Report of the Municipal Commissioner on the plague in Bombay for the year ending 31st May... - Volume 3
Disease focus: Plague
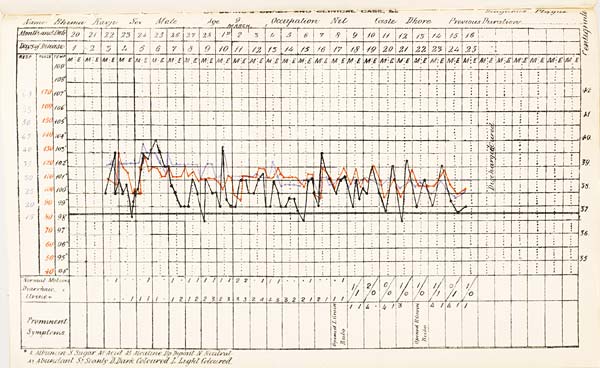
MUNICIPAL
HOSPITAL
FOR
INFECTIOUS
DISEASES.
Diagnosis
Name
Sex
Age
9
MARCH
Occupation
Caste
Previous
Duration
+A. Albumen S. Sugar Ac. Acid Al. Alcatine Dp. Deposit N. Neutral
Ab. Abundant Sy. Scanty D. Dark Coloured L. Light Coloured.